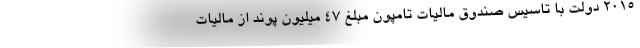
2015 دولت با تاسیس صندوق مالیات تامپون مبلغ 47 میلیون پوند از مالیات